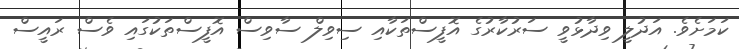
ކަމަށެވެ. އަދުލީ ވިދާޅުވީ ސަރުކާރުގެ އޮފީސްތަކާއި ސިވިލް ސާވިސް އޮފީސްތަކުގައި ވެސް ރައީސް